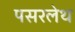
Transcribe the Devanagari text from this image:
पसरलेथ